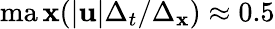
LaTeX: \operatorname*{ma\mathbf{x}}(|\mathbf{{u}}|\Delta_{t}/\Delta_{\mathbf{x}})\approx0.5